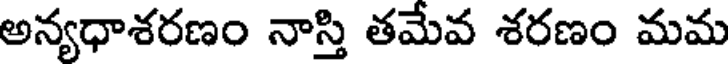
అన్యధాశరణం నాస్తి తమేవ శరణం మమ